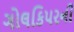
ગોલકિપરની